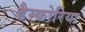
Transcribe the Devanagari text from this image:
डैस्कोरिया